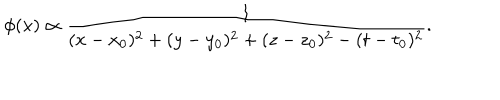
\phi ( x ) \propto { \frac { 1 } { ( x - x _ { 0 } ) ^ { 2 } + ( y - y _ { 0 } ) ^ { 2 } + ( z - z _ { 0 } ) ^ { 2 } - ( t - t _ { 0 } ) ^ { 2 } } } .